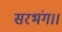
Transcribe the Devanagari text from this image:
सरभंग।।